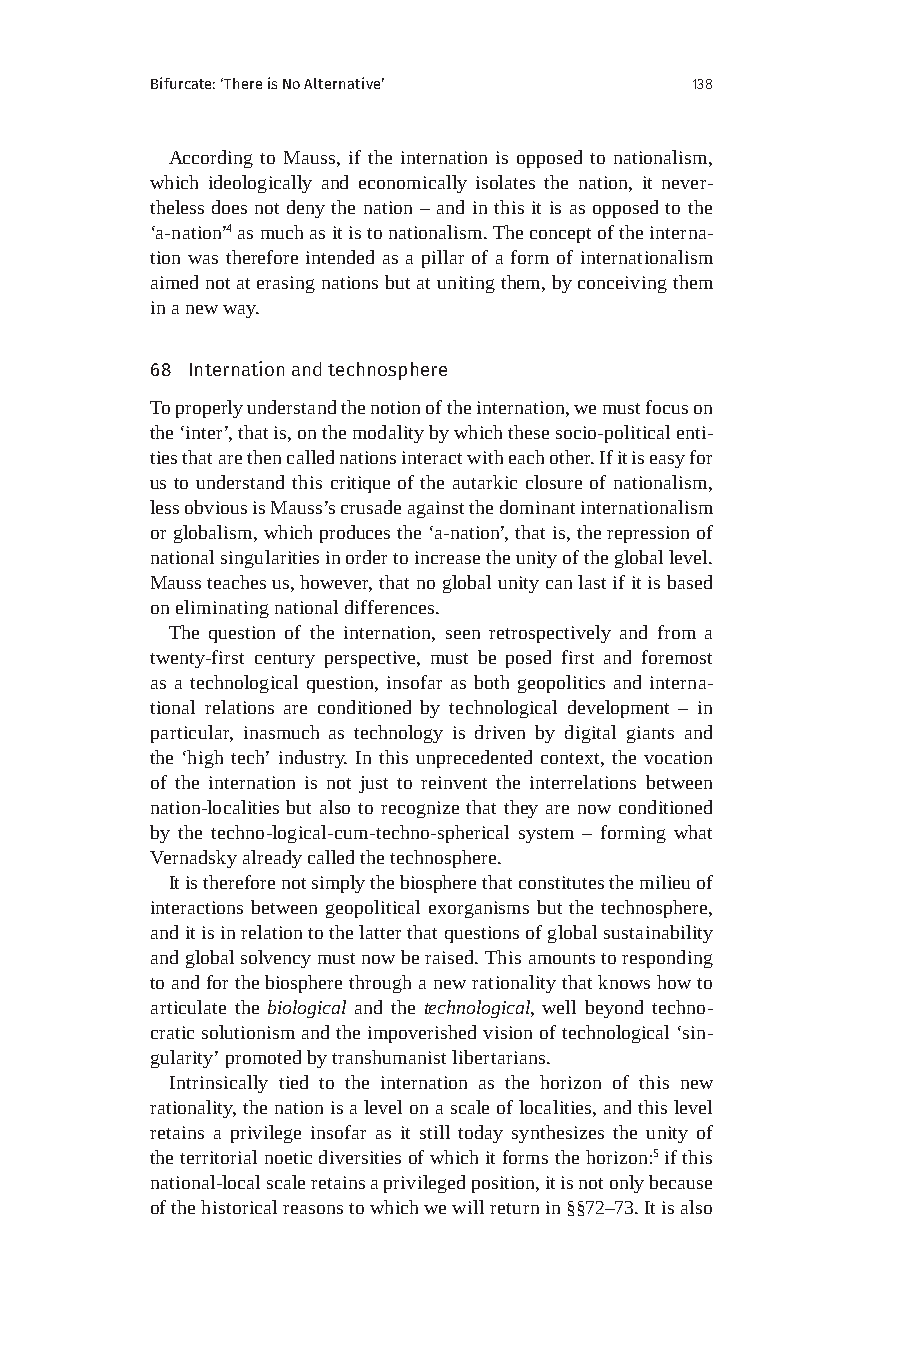
Bifurcate: ‘There is No Alternative’ 138
 According to Mauss, if the internation is opposed to nationalism,
 which ideologically and economically isolates the nation, it never-
 theless does not deny the nation – and in this it is as opposed to the
 ‘a-nation’4 as much as it is to nationalism. The concept of the interna-
 tion was therefore intended as a pillar of a form of internationalism
 aimed not at erasing nations but at uniting them, by conceiving them
 in a new way.
 68 Internation and technosphere
 To properly understand the notion of the internation, we must focus on
 the ‘inter’, that is, on the modality by which these socio-political enti-
 ties that are then called nations interact with each other. If it is easy for
 us to understand this critique of the autarkic closure of nationalism,
 less obvious is Mauss’s crusade against the dominant internationalism
 or globalism, which produces the ‘a-nation’, that is, the repression of
 national singularities in order to increase the unity of the global level.
 Mauss teaches us, however, that no global unity can last if it is based
 on eliminating national differences.
 The question of the internation, seen retrospectively and from a
 twenty-first century perspective, must be posed first and foremost
 as a technological question, insofar as both geopolitics and interna-
 tional relations are conditioned by technological development – in
 particular, inasmuch as technology is driven by digital giants and
 the ‘high tech’ industry. In this unprecedented context, the vocation
 of the internation is not just to reinvent the interrelations between
 nation-localities but also to recognize that they are now conditioned
 by the techno-logical-cum-techno-spherical system – forming what
 Vernadsky already called the technosphere.
 It is therefore not simply the biosphere that constitutes the milieu of
 interactions between geopolitical exorganisms but the technosphere,
 and it is in relation to the latter that questions of global sustainability
 and global solvency must now be raised. This amounts to responding
 to and for the biosphere through a new rationality that knows how to
 articulate the biological and the technological, well beyond techno-
 cratic solutionism and the impoverished vision of technological ‘sin-
 gularity’ promoted by transhumanist libertarians.
 Intrinsically tied to the internation as the horizon of this new
 rationality, the nation is a level on a scale of localities, and this level
 retains a privilege insofar as it still today synthesizes the unity of
 the territorial noetic diversities of which it forms the horizon:5 if this
 national-local scale retains a privileged position, it is not only because
 of the historical reasons to which we will return in §§72–73. It is also